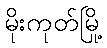
မိုးကုတ်မြို့